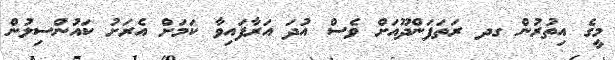
މީގެ އިތުރުން ގދ ރަތަފަންދޫއަށް ވެސް އުދަ އަރާފައިވާ ކަމަށް އެރަށު ކައުންސިލުން